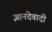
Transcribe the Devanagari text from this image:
ज्ञानदेवादी